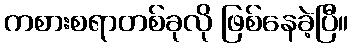
ကစားစရာတစ်ခုလို ဖြစ်နေခဲ့ပြီ။